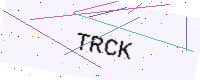
Text: TRCK